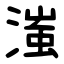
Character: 滍